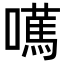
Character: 𡁣